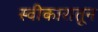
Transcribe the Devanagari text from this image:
स्वीकारातून